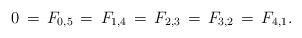
LaTeX: \begin{align*}0\,=\,F_{0,5}\,=\,F_{1,4}\,=\,F_{2,3}\,=\,F_{3,2}\,=\,F_{4,1}.\end{align*}